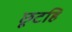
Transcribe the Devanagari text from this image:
छूटहि